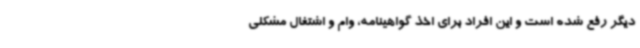
دیگر رفع شده است و این افراد برای اخذ گواهینامه، وام و اشتغال مشکلی